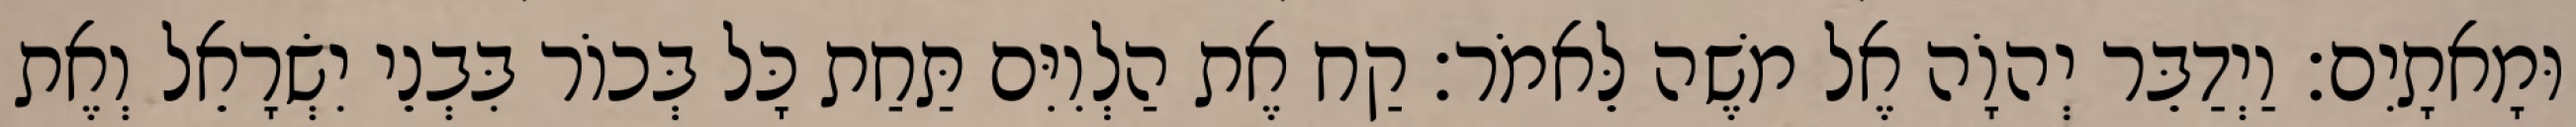
וּמָאתָיִם׃ וַיְדַבֵּר יְהוָֹה אֶל משֶׁה לֵּאמֹר׃ קַח אֶת הַלְוִיִּם תַּחַת כָּל בְּכוֹר בִּבְנֵי יִשְׂרָאֵל וְאֶת